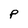
Character: P